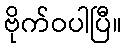
ဗိုက်ဝပါပြီ။